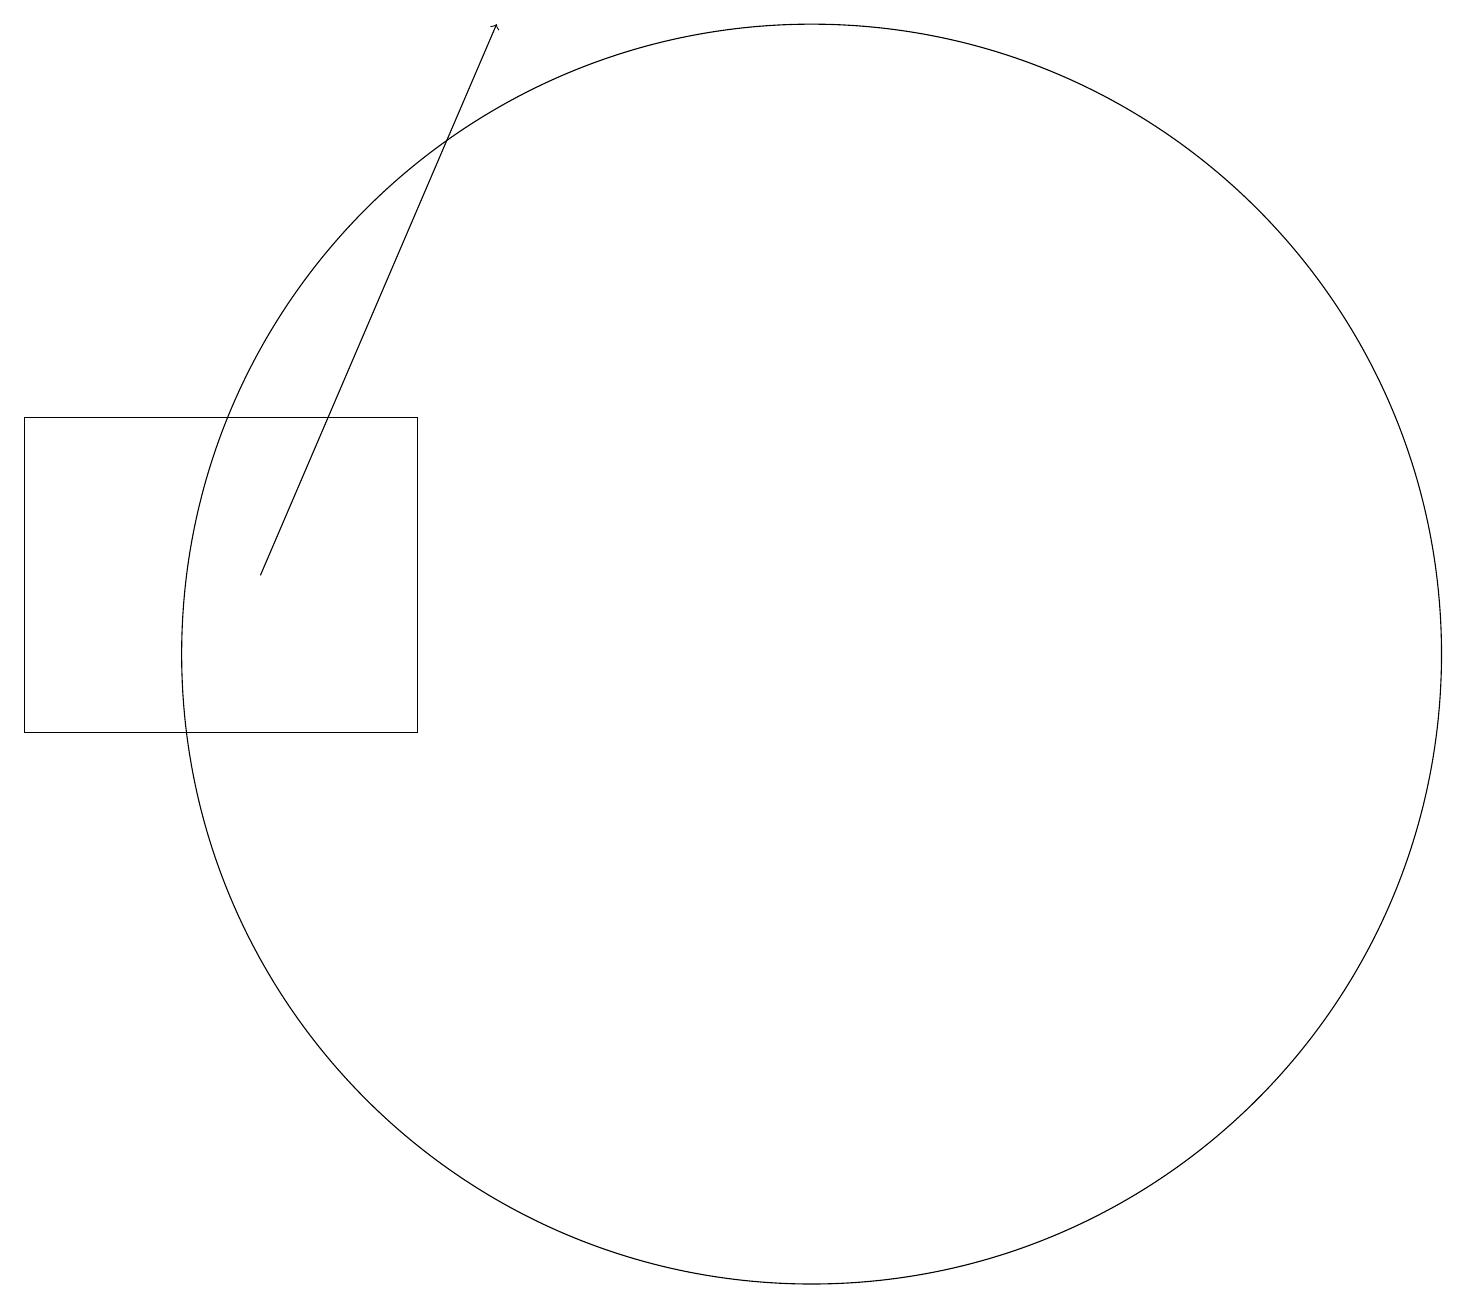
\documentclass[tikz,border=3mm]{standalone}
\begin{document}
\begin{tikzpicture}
\draw (6,14) rectangle (1,10);
\draw (11,11) circle (8);
\draw[->] (4,12) -- (7,19);
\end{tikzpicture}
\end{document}